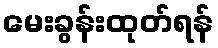
မေးခွန်းထုတ်ရန်